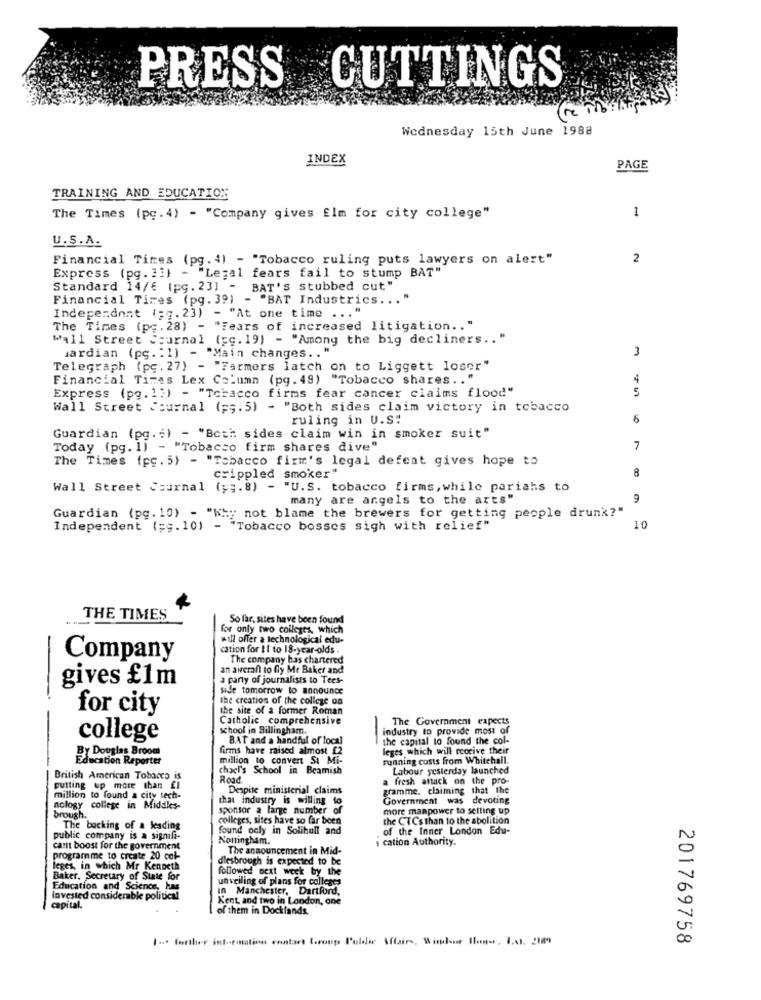
PRESS CUTTINGS
Wednesday 15th June 1988
INDEX
PAGE
TRAINING AND EDUCATION
1
The Times (pg. 4) - "Company gives Elm for city college"
U.S.A.
Financial Times (pg. 4) - "Tobacco ruling puts lawyers on alert"
2
Express (pg. 33) - "Legal fears fail to stump BAT"
Standard 14/6 (pg. 23] - BAT's stubbed cut"
Financial Tires (pg. 39) - "BAT Industrics ...
Independent (=7.23) - "At one time ... "
The Times (pc. 28) - "Fears of increased litigation .. "
Wall Street Journal (sc. 19) - "Among the big decliners ..
3
uardian (pg. : 1) - "Main changes .. "
Telegraph (pc. 27) - "Farmers latch on to Liggett loser"
Financial Times Lex Column (pg. 49) "Tobacco shares ..
4
Express (pg. 1;) - "Tobacco firms fear cancer claims flood"
5
Wall Street Journal (ps. 5) - "Both sides claim victory in tobacco
ruling in U.S:
6
Guardian (pg. ; ) - "Both sides claim win in smoker suit"
Today (pg. 1) - "Tobacco firm shares dive"
7
The Times (pc. 5) - "Tobacco firm's legal defeat gives hope to
8
crippled smoker"
Wall Street Journal (y ;. 8) - "U.S. tobacco firms, while pariahs to
many are angels to the arts"
9
Guardian (pg. 10) - "Why not blame the brewers for getting people drunk?"
Independent (=g.10) - "Tobacco bosses sigh with relief"
10
THE TIMES
So far, sites have been found
for only two colleges, which
will offer a technological edu-
cation for It to 18-year-olds.
Company
The company has chartered
an aircraft to fly Me Baker and
gives £1m
a party of journalists to Tees-
side tomorrow to announce
the creation of the college on
for city
the site of a former Roman
Catholic comprehensive
The Government expects
school in Billingham.
industry to provide most of
college
BAT and a handful of local
the capital lo found the col-
firms have raised almost £2
leges which will receive their
Education Reporter
By Douglas Broom
million to convert St Mi-
running costs from Whitehall.
chael's School in Beamish
Labour yesterday launched
British American Tobacco is
Road
fresh attack on the pro-
putting up more than fl
Despite ministerial claims
gramme. claiming that the
million to found a city tech-
that industry is willing to
Government was devoting
nology college in Middles-
sponsor a large number of
more manpower to selling up
brough.
colleges, sites have so far been
the CTCs than to the abolition
The backing of a leading
found only in Solihull and
of the Inner London Edu-
public company is a signifi-
Nottingham.
cation Authority.
cant boost for the government
The announcement in Mid-
programme to create 20 col-
dlesbrough is expected to be
leges, in which Mr Kenneth
followed next week by the
Baker, Secretary of State for
unveiling of plans for colleges
Education and Science, has
in Manchester, Dartford,
Invested considerable political
Kent, and two in London, one
capital.
of them in Docklands.
1. further information contart troup Puldie Affairs, Windsor Bonwe, 1.41. 2189
201769758